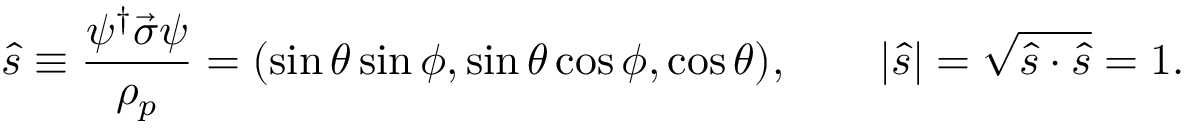
\hat { s } \equiv \frac { \psi ^ { \dagger } \vec { \sigma } \psi } { \rho _ { p } } = ( \sin \theta \sin \phi , \sin \theta \cos \phi , \cos \theta ) , \qquad | \hat { s } | = \sqrt { \hat { s } \cdot \hat { s } } = 1 .